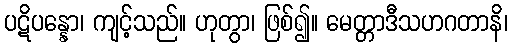
ပဋိပန္နော၊ ကျင့်သည်။ ဟုတွာ၊ ဖြစ်၍။ မေတ္တာဒီသဟဂတာနိ၊